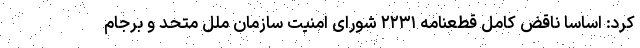
کرد: اساسا ناقض کامل قطعنامه ۲۲۳۱ شورای امنیت سازمان ملل متحد و برجام